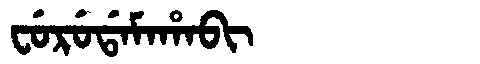
Manchu: ᠸᡠᡵᡠᡩᠠᠮᠠᡥᠠᠪᡳ
Romanization: FURUDAMAHABI